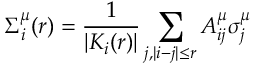
\Sigma _ { i } ^ { \mu } ( r ) = \frac { 1 } { | K _ { i } ( r ) | } \sum _ { j , | i - j | \leq r } A _ { i j } ^ { \mu } \sigma _ { j } ^ { \mu }